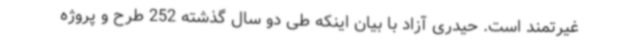
غیرتمند است. حیدری آزاد با بیان اینکه طی دو سال گذشته 252 طرح و پروژه